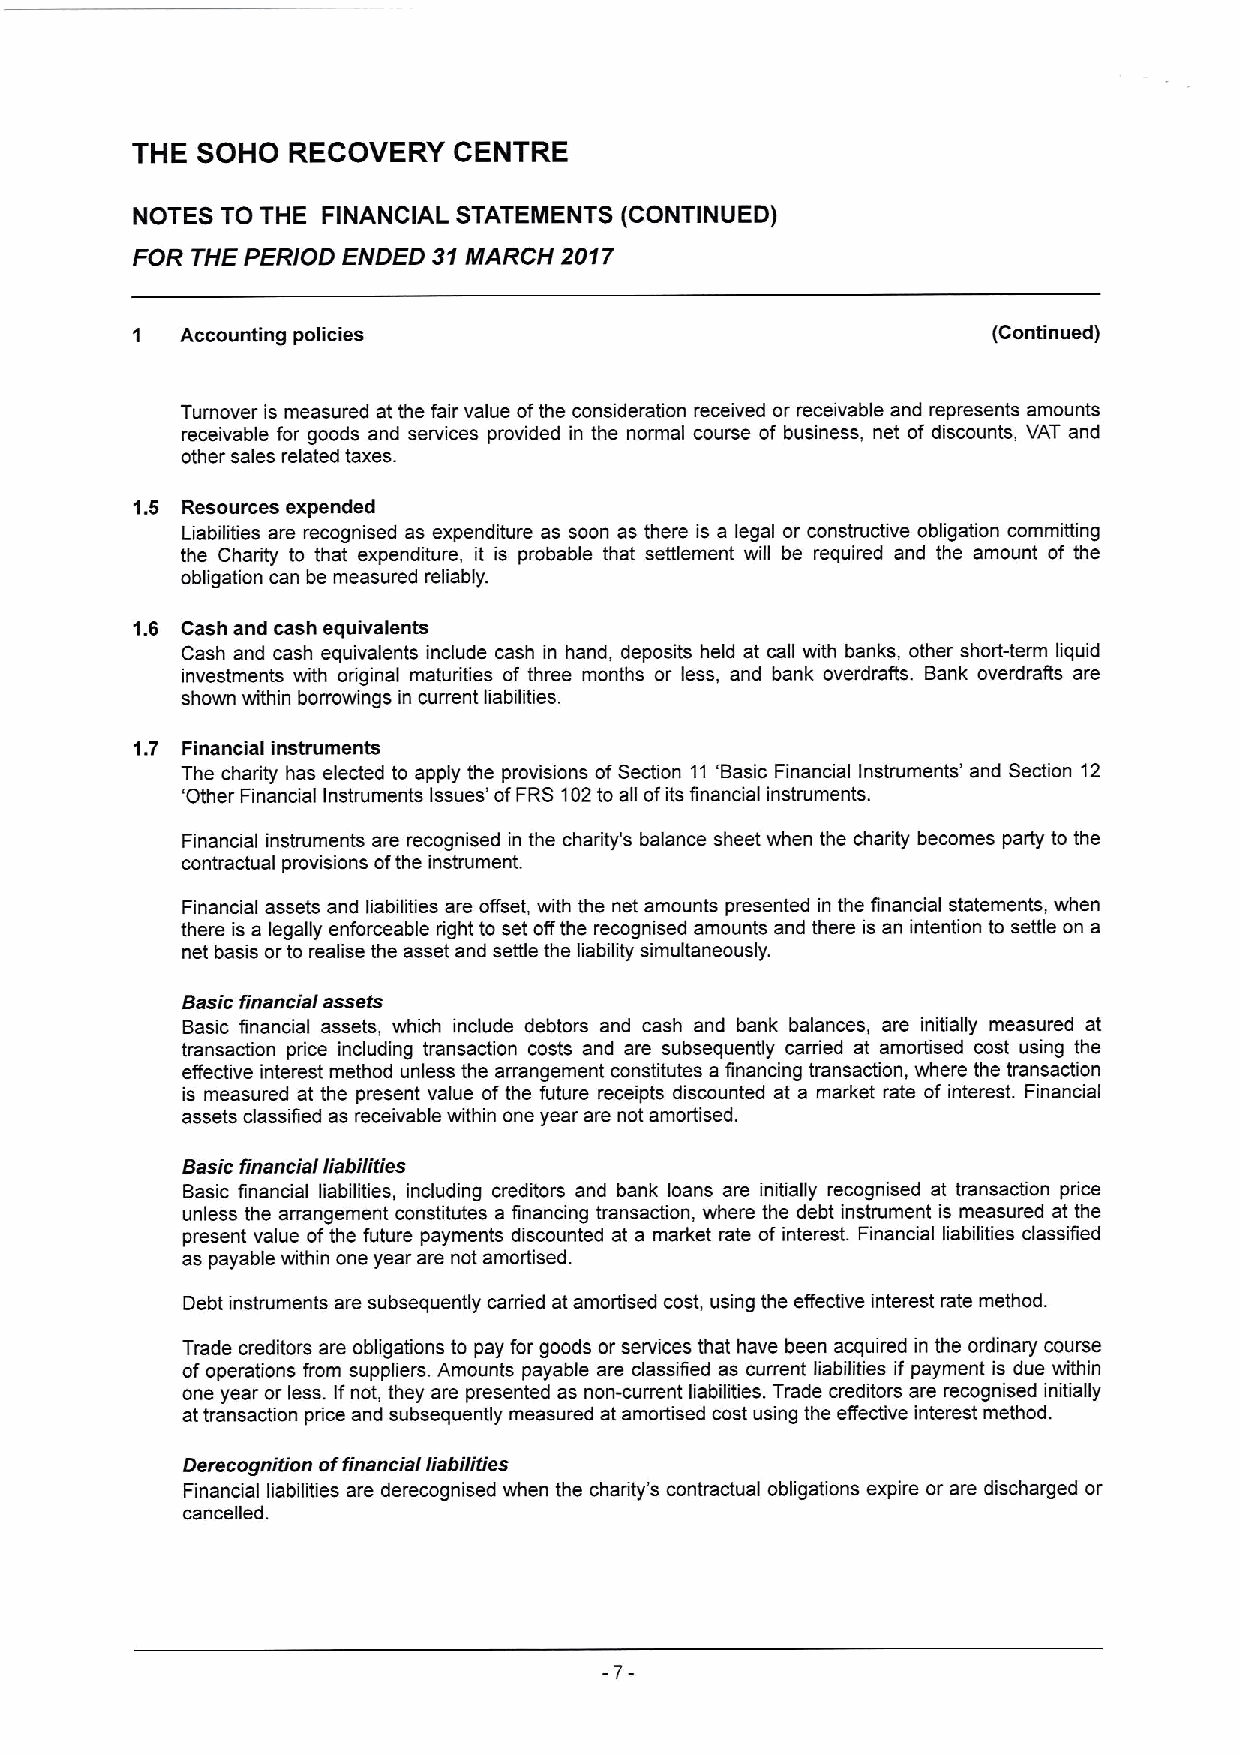
THE SOHO  RECOVERY   CENTRE
 NOTES TO THE FINANCIAL STATEMENTS (CONTINUED)
 FOR THE PERIOD ENDED 31MARCH 2017
 Accounting policies                                   (Continued)
 Turnover is measured at the fair value ofthe consideration received or receivable and represents amounts
 receivable for goods and services provided in the normal course of business, net of discounts, VAT and
 other sales related taxes.
 1.5 Resources expended
 Liabilities are recognised as expenditure as soon as there is a legal or constructive obligation committing
 the Charity to that expenditure, it is probable that settlement will be required and the amount of the
 obligation can be measured reliably.
 1.6 Cash and cash equivalents
 Cash and cash equivalents include cash in hand, deposits held at call with banks, other short-term liquid
 investments with oriiginal maturities of three months or less, and bank overdrafts. Bank overdrafts are
 shown within borrowings in current liabilities.
 1.7 Financial instruments
 The charity has elected to apply the provisions ofSection 11 'Basic Financial Instruments' and Section 12
 'Other Financial Instruments Issues' ofFRS 102to all ofits financial instruments.
 Financial instruments are recognised in the charity's balance sheet when the charity becomes party to the
 contractual provisions ofthe instrument.
 Financial assets and liabilities are offset, with the net amounts presented in the financial statements, when
 there is a legally enforceable right to set otfthe recognised amounts and there is an intention to settle on a
 net basis orto realise the asset and settle the liability simultaneously.
 Basicfinancial assets
 Basic financial assets, which include debtors and cash and bank balances, are initially measured at
 transaction price including transaction costs and are subsequently carried at amortised cost using the
 effective interest method unless the arrangement constitutes a financing transaction, where the transaction
 is measured at the present value ofthe future receipts discounted at a market rate of interest. Financial
 assets classified as receivable within one year are not amortised.
 Basicfinancial liabilities
 Basic financial liabilities, including creditors and bank loans are initially recognised at transaction price
 unless the arrangement constitutes a financing transaction, where the debt instrument is measured at the
 present value ofthe future payments discounted at a market rate of interest. Financial liabilities classified
 as payable within one year are not amortised.
 Debt instruments are subsequently carried at amortised cost, using the effective interest rate method.
 Trade creditors are obligations to pay for goods or services that have been acquired in the ordinary course
 ofoperations from suppliers. Amounts payable are classified as current liabilities if payment is due within
 one year or less. Ifnot, they are presented as non-cunent liabilities. Trade creditors are recognised initially
 at transaction price and subsequently measured at amortised cost using the effective interest method.
 Derecognition offinancial liabilities
 Financial liabilities are derecognised when the charity's contractual obligations expire or are discharged or
 cancelled.